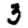
Digit: 3